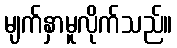
မျက်နှာမူလိုက်သည်။